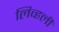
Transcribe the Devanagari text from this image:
लिव्हली